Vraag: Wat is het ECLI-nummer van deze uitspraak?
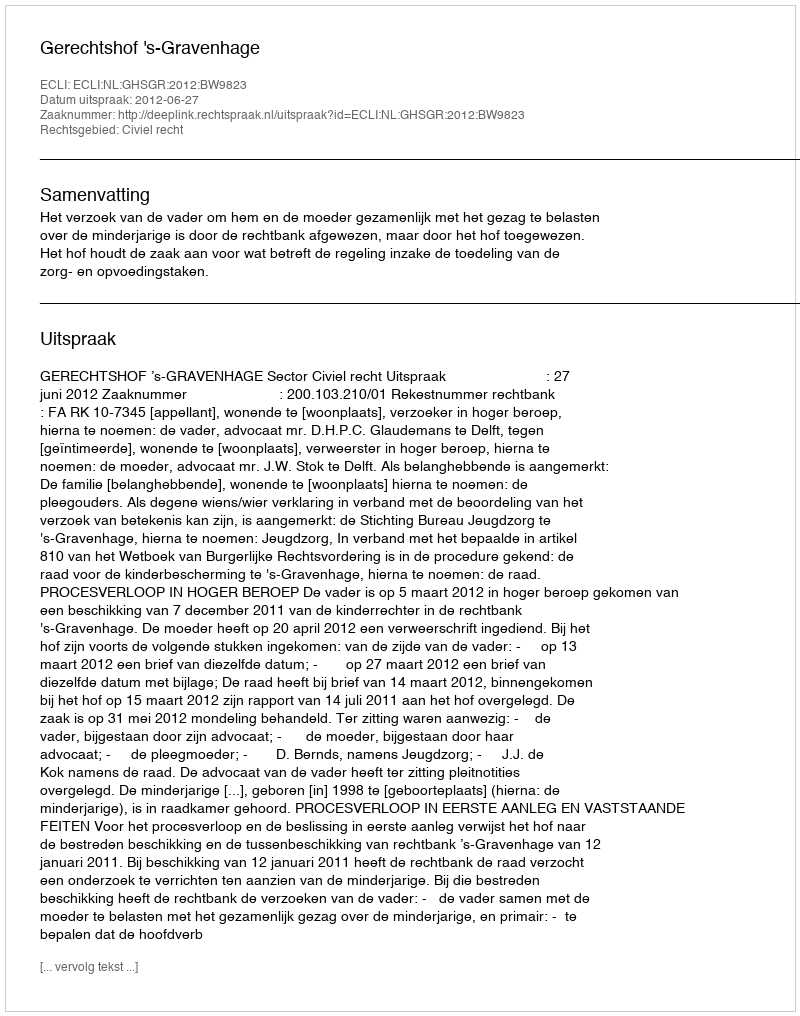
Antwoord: ECLI:NL:GHSGR:2012:BW9823